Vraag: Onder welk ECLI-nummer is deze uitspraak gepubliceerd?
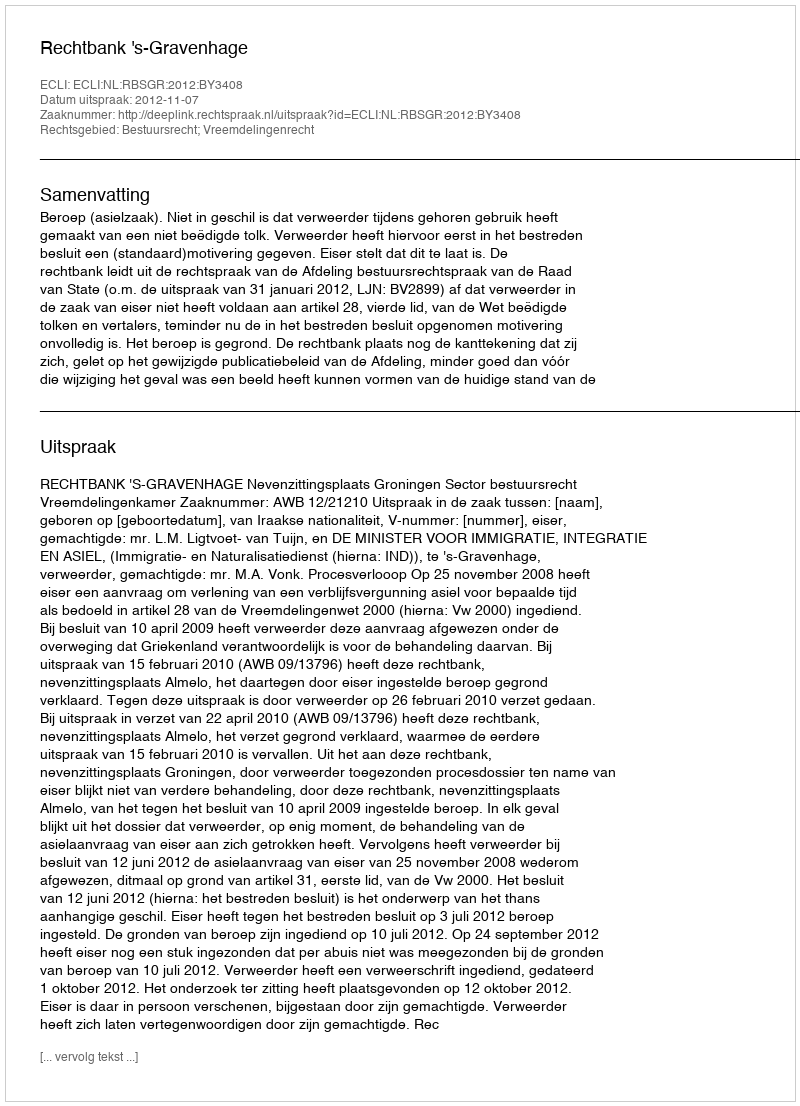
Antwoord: ECLI:NL:RBSGR:2012:BY3408